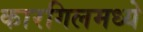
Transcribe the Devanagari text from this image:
कारगिलमध्ये